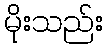
မိုးသည်း